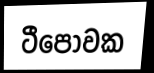
ටීපෝවක